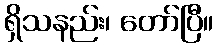
ရှိသနည်း၊ တော်ပြီ။